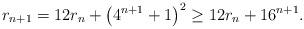
LaTeX: \begin{align*}r_{n+1}=12 r_n + \left(4^{n+1}+1\right)^2 \geq 12 r_n+16^{n+1} .\end{align*}